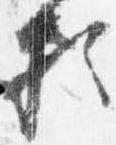
頼